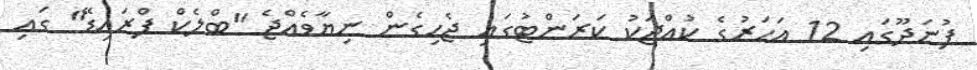
ފުނަދޫގައި 12 އަހަރުގެ ކުއްޖަކު ކަރަންޓުގައި ޖެހިގެން ނިޔާވެއްޖެ "ބްލެކް ފްރައިޑޭ" ގައި